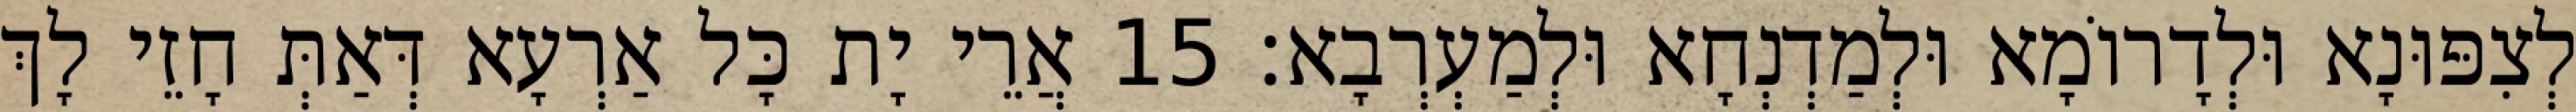
לְצִפּוּנָא וּלְדָרוֹמָא וּלְמַדְנְחָא וּלְמַעְרְבָא׃ 15 אֲרֵי יָת כָּל אַרְעָא דְּאַתְּ חָזֵי לָךְ